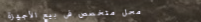
محل متخصص في بيع الأجهزة